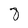
Character: 8